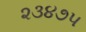
૨૩૪૭૫